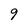
Character: 9